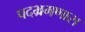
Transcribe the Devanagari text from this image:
पदभ्रमणास